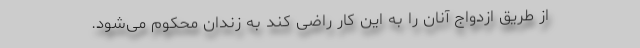
از طریق ازدواج آنان را به این کار راضی کند به زندان محکوم می‌شود.